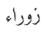
زوراء